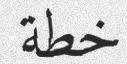
خطة